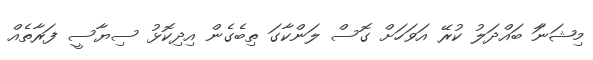
މިޝަނަާ ބައްދަލު ކުރޭ އަވަހަށް ގޮސް ލަންކާގަ ތިބެގެން އިދިކޮޅު ސިޔާސީ ފަރާތެއް